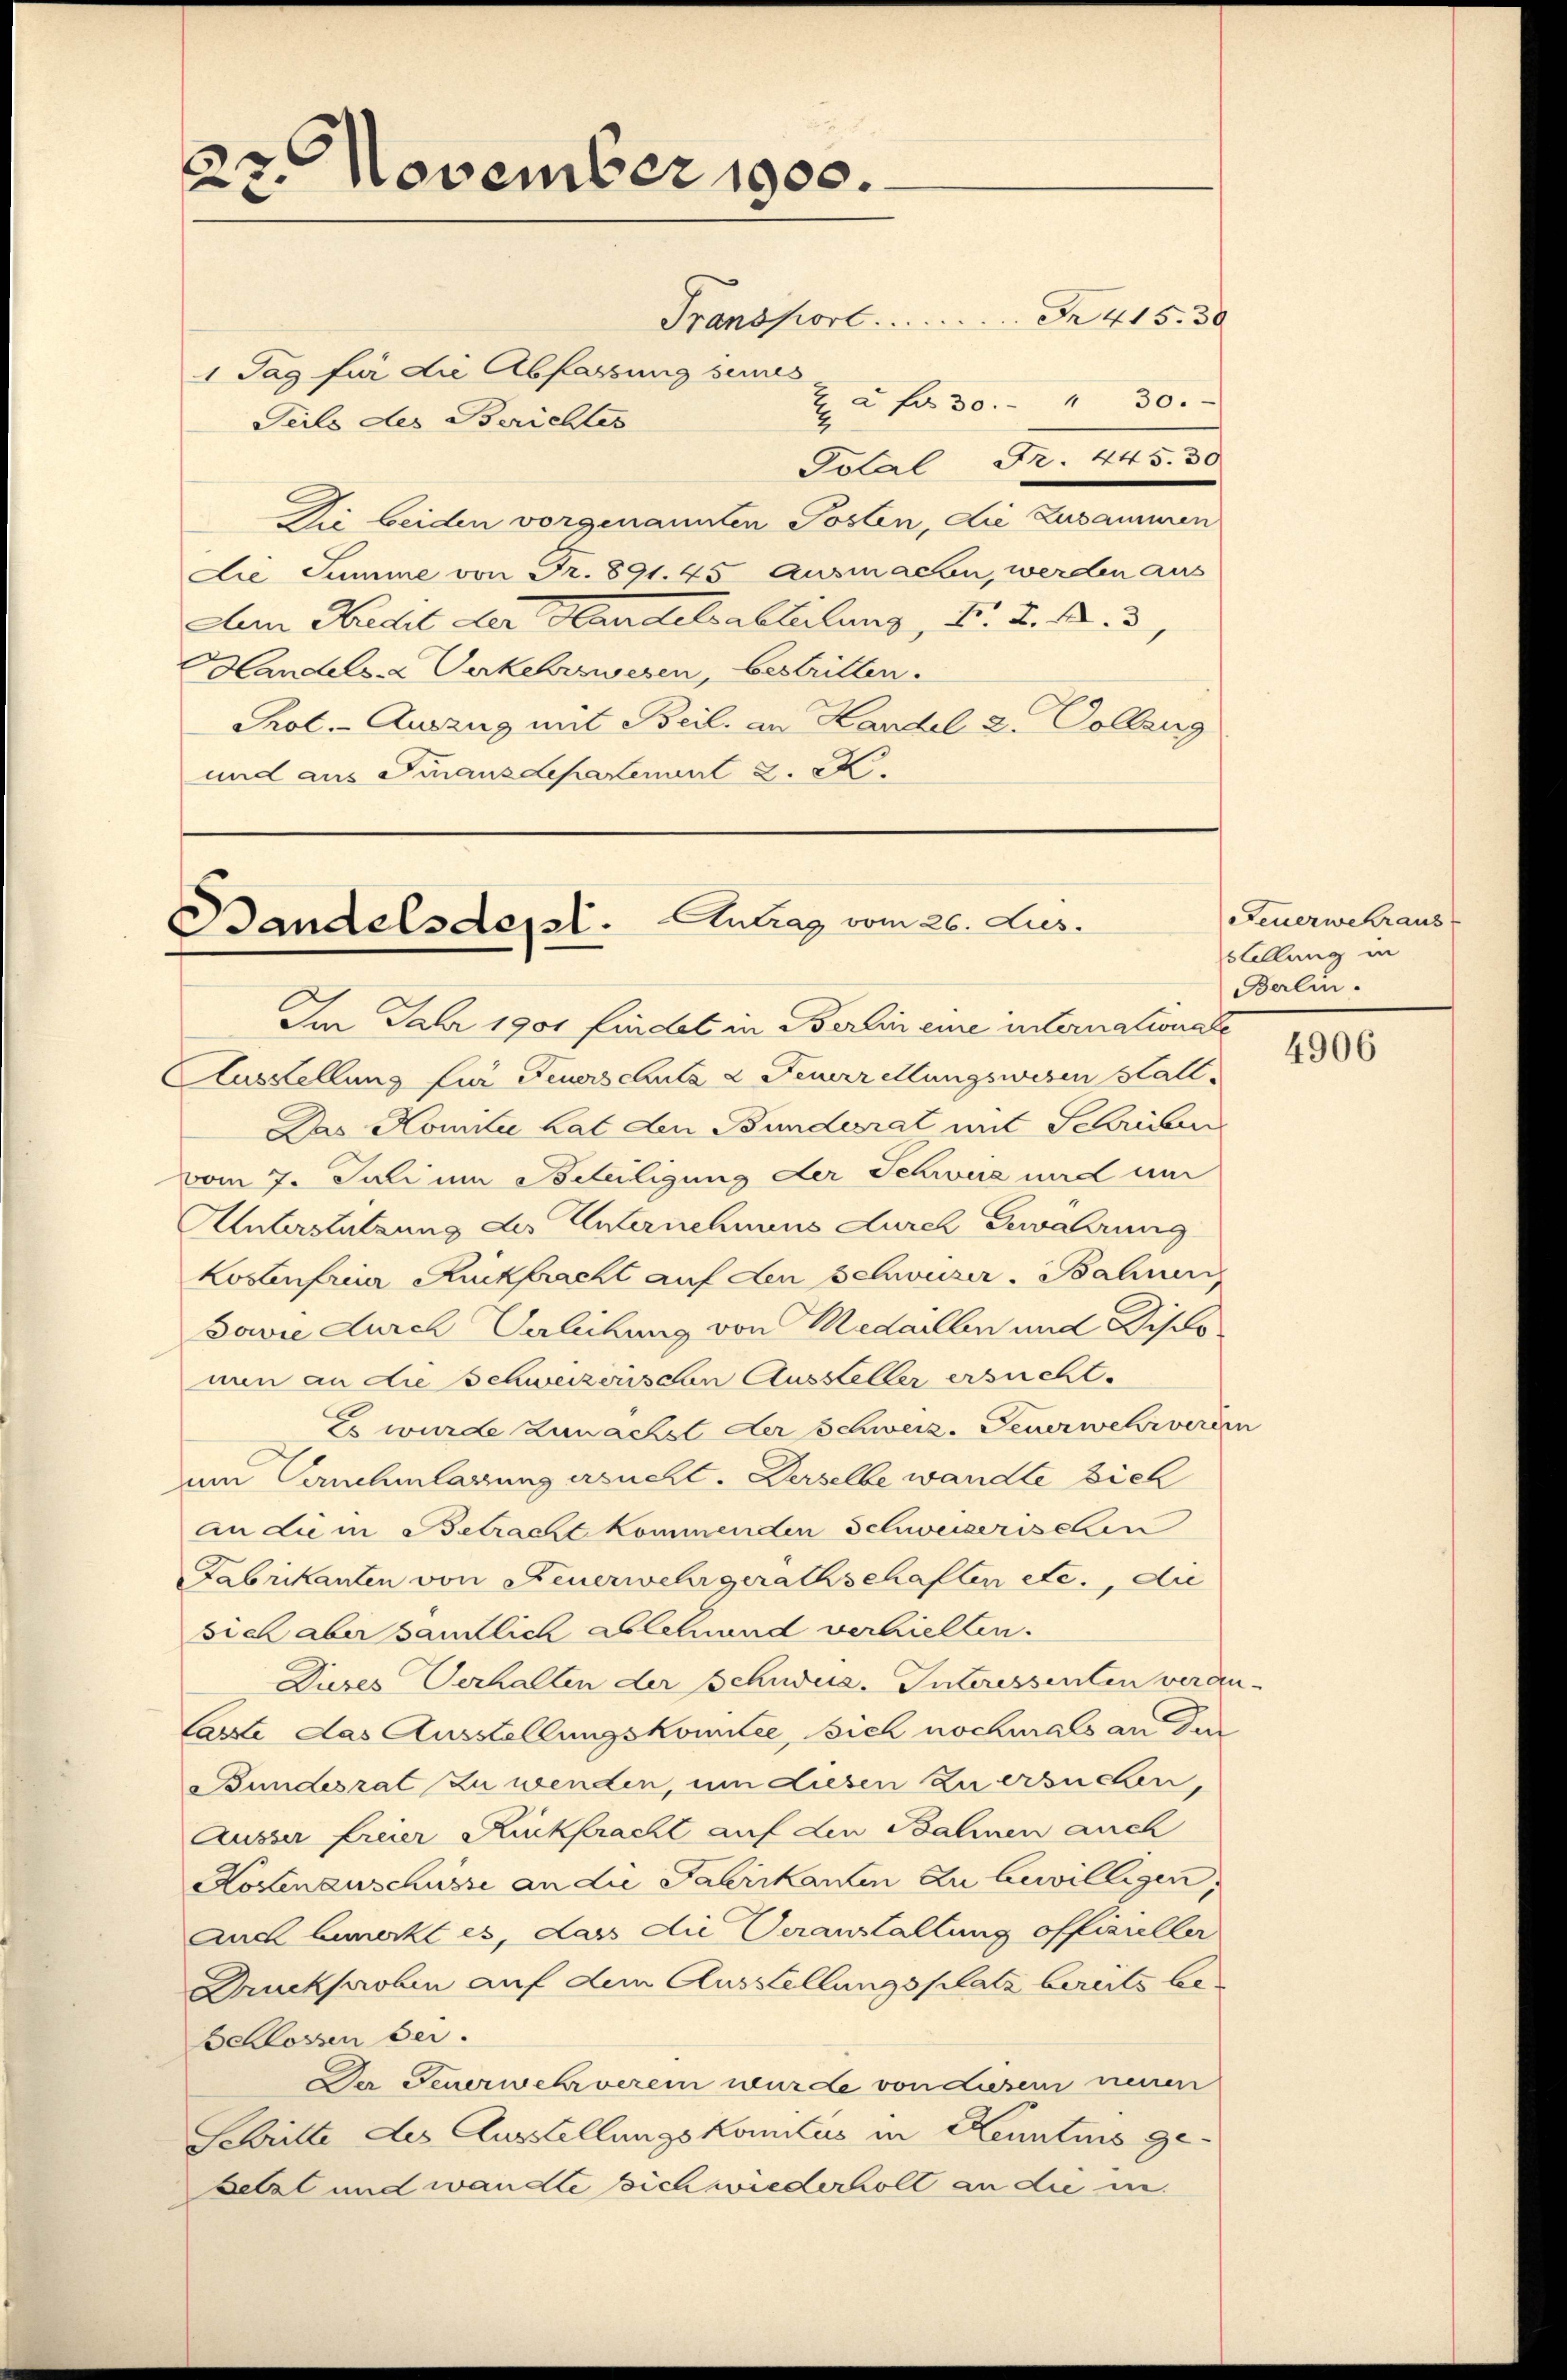
November 1900.
23

Transport Fr. 415. 30
1 Tag für die Abfassung seines
Serls des Berichtes
2
Di beiden vorgenannten Posten, die Zusammen
Lie Summe von Fr. 891. 45 Ausmachen, werden aus
Am Hecht der Handelsabteilung, N. K. A. 3
Handels Verkehrswesen, bestritten.
Prot. - Auszug mit Beil, an Handel 2. Vollzug
und aus Finanzdepartenant K. K.

Bandelsdept. Antrag vom 26. Jus

2 f 30. " 30.
Polal Fr. 445. 30

Im Jahr 1901 findet in Berlin eine internationale
Ausstellung für Feuerschutz & Feuerrettungswesen Stall.
Das Homilie hat den Bunderat mit Schrieber
vom 7. Juli um Beteiligung der Schweiz und um
Unterstützung des Unternehmens durch Gewahrung
Kostenfreier Rückbracht auf den Schwuser Bahnen
Sowie durch Verlichung von Medaillen und Disco
nun an die Schweizerischen Aussteller ersucht.
E wurde zunächst der Schweiz. Feuerwehrverein
um Genehmlassung ersucht. Derselbe wandte sich
an die in Betracht kommenden Schweizerischen
Fabrikanten von Feuerwehr gerathschaften etc., die
sich aber sämtlich ablehend verhielten.
Dieses Verhalten der Schudia. Interessenten veran-
Caste das Ausstellungskomitee, sich nochmals an Dur
Bundesrat zu wenden, um diesen zu ersuchen,
Äusser freier Rickpracht auf den Bahnen auch
Kostenanschüsse an die Fabrikanten zu bewilligen,
Auch bemerkt es, das die Veranstaltung offizieller
Druckproben auf dem Ausstellungsplatz bereits be¬
Behlossen sei.
De Feuerwehrverein wurde von diesem neuen
Schritte des Ausstellungskomitus in Kenntnis ge-
Betzt und wandte sich wiederholt an die in

Feuerwehraus
stellung in
Berlin.

4906